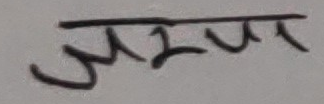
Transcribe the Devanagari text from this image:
जरुर